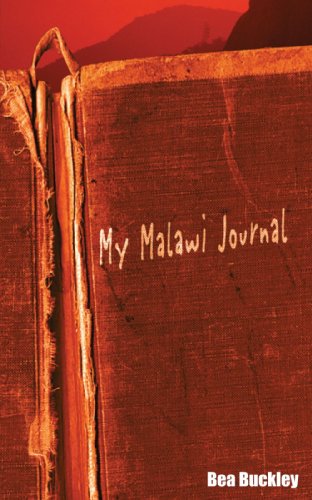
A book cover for My Malawi Journal; Bea Buckley; Travel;